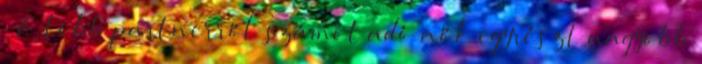
. A több partnerről számot adó nők egyrészt nagyobb